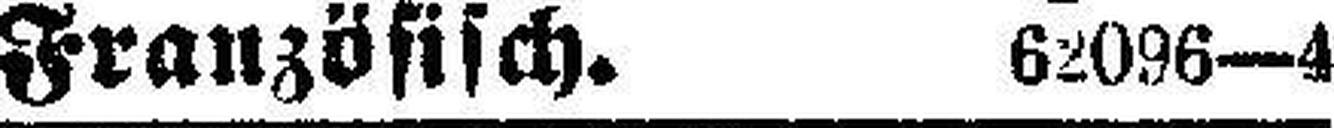
Französisch. 62096—4